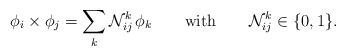
LaTeX: \begin{align*}\phi_{i}\times\phi_{j}=\sum_{k}{\cal N}_{ij}^{k}\,\phi_{k} \qquad\textrm{with}\qquad {\cal N}_{ij}^{k}\in\{0,1\}.\end{align*}